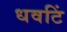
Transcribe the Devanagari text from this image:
धवटिं